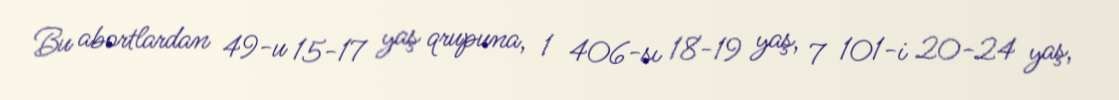
Bu abortlardan 49-u 15-17 yaş qrupuna, 1 406-sı 18-19 yaş, 7 101-i 20-24 yaş,